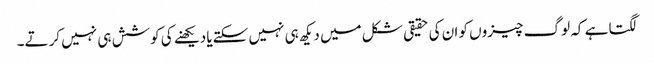
لگتا ہے کہ لوگ چیزوں کو ان کی حقیقی شکل میں دیکھ ہی نہیں سکتےیا دیکھنے کی کوشش ہی نہیں کرتے۔